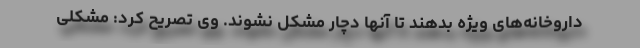
داروخانه‌های ویژه بدهند تا آنها دچار مشکل نشوند. وی تصریح کرد: مشکلی